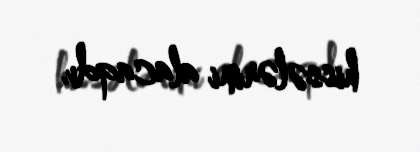
hissələrini alacaqdı.